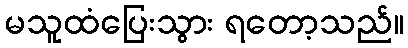
မသူထံပြေးသွား ရတော့သည်။